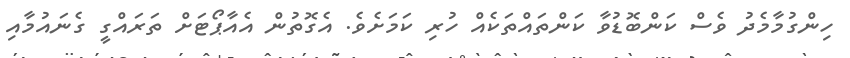
ހިންގުމާމެދު ވެސް ކަންބޮޑުވާ ކަންތައްތަކެއް ހުރި ކަމަށެވެ. އެގޮތުން އެއާޕޯޓަށް ތަރައްގީ ގެނައުމާއި